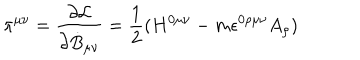
LaTeX: \pi ^ { \mu \nu } = \frac { \partial { \cal L } } { \partial { \dot { B } } _ { \mu \nu } } = \frac { 1 } { 2 } ( H ^ { 0 \mu \nu } - m \epsilon ^ { 0 \rho \mu \nu } A _ { \rho } )